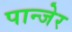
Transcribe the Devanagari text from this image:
पान्जेर